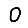
Digit: 0